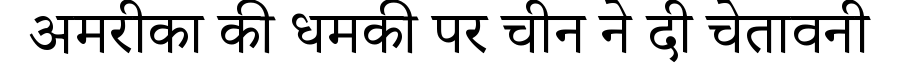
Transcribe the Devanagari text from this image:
अमरीका की धमकी पर चीन ने दी चेतावनी